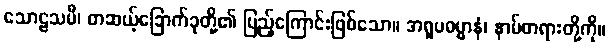
သောဠသမီ၊ တဆယ့်ခြောက်ခုတို့၏ ပြည့်ကြောင်းဖြစ်သော။ အရူပဓမ္မာနံ၊ နာမ်တရားတို့ကို။